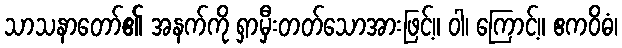
သာသနာတော်၏ အနက်ကို ရှာမှီးတတ်သောအားဖြင့်။ ဝါ၊ ကြောင့်။ ဧကဝိဓံ၊